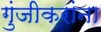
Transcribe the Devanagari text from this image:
गुंजीकरांना